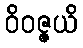
ဝိဝဇ္ဇယိ